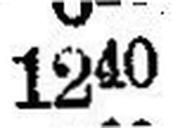
1240